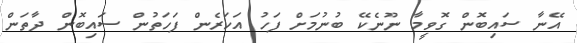
އޭނާ ސައިބޮން ގޮވީމާ ނޫނެކޭ ބުނުމަށް ފަހު އަހަރެން ފަހަތުން ސައިބޮން ދާތަން